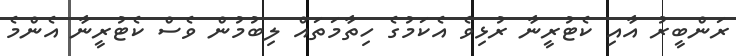
ރަންބީރު އާއި ކެޓުރީނާ ރުޅިވެ އެކަމުގެ ހިތާމަތައް ލިބުމުން ވެސް ކެޓުރީނާ އެންމެ